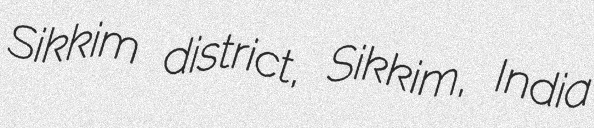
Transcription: Sikkim district, Sikkim, India